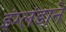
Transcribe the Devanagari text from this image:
इंग्लंडाने